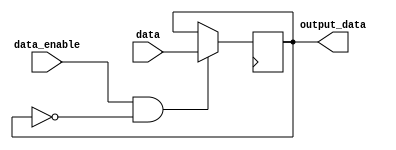
module data_enable_latch (
  input wire data,
  input wire data_enable,
  output reg output_data
);

reg latched_data;

always @(posedge clk) begin
  if (data_enable && !latched_data) begin
    latched_data <= data;
  end
end

assign output_data = latched_data;

endmodule